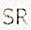
SR